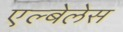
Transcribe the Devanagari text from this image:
एल्बेलेस